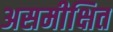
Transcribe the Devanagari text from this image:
असमीक्षित